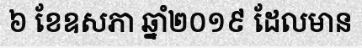
៦ ខែឧសភា ឆ្នាំ២០១៩ ដែលមាន